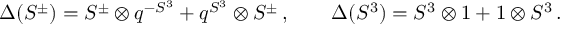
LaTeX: \Delta ( S ^ { \pm } ) = S ^ { \pm } \otimes q ^ { - S ^ { 3 } } + q ^ { S ^ { 3 } } \otimes S ^ { \pm } \, , \qquad \Delta ( S ^ { 3 } ) = S ^ { 3 } \otimes 1 + 1 \otimes S ^ { 3 } \, .